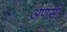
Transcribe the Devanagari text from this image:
अणसी